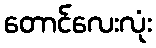
တောင်လေးလုံး